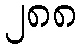
၂၈၈